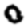
Digit: 0